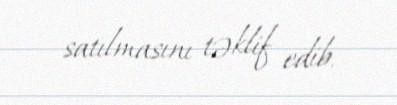
satılmasını təklif edib.